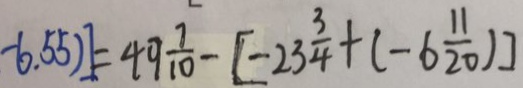
- 6 . 5 5 ) ] = 4 9 \frac { 7 } { 1 0 } - [ - 2 3 \frac { 3 } { 4 } + ( - 6 \frac { 1 1 } { 2 0 } ) ]